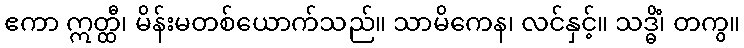
ဧကာ ဣတ္ထီ၊ မိန်းမတစ်ယောက်သည်။ သာမိကေန၊ လင်နှင့်။ သဒ္ဓိံ၊ တကွ။